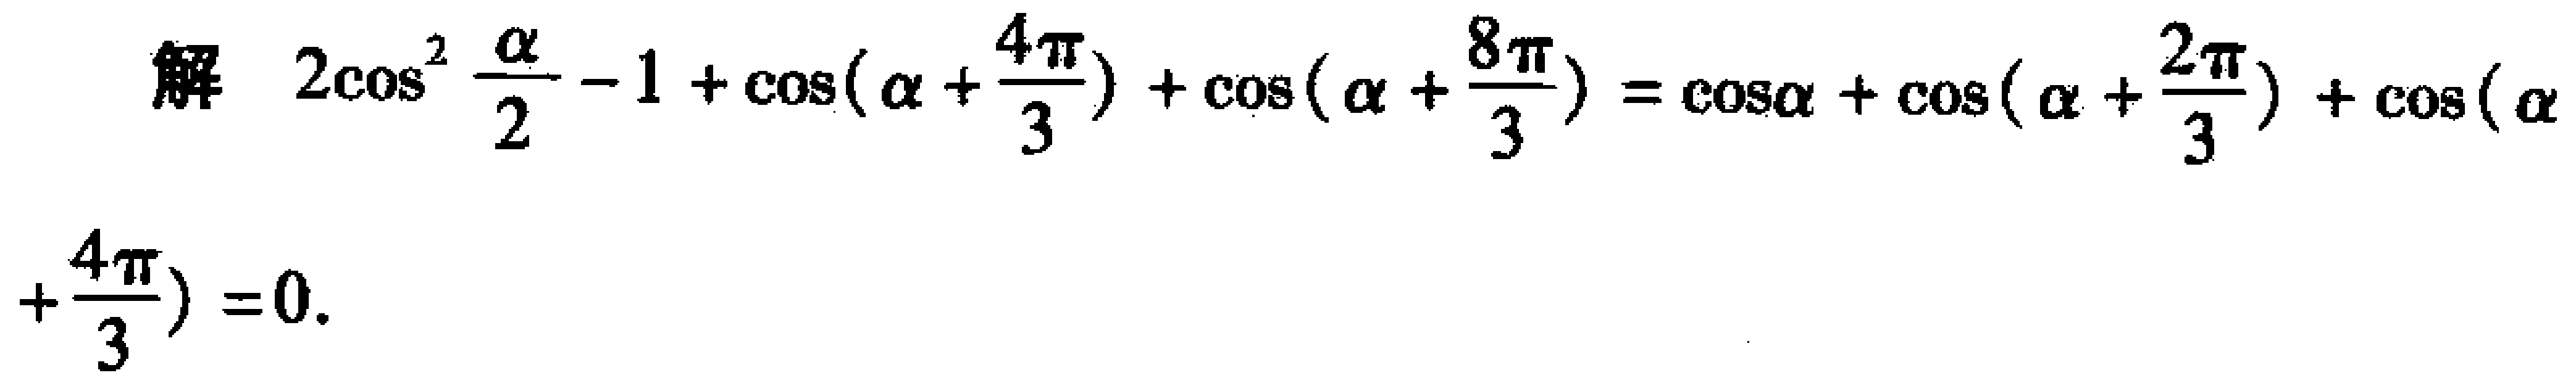
解 \(2\cos^{2}\frac{\alpha}{2}-1 + \cos(\alpha+\frac{4\pi}{3})+\cos(\alpha+\frac{8\pi}{3})=\cos\alpha+\cos(\alpha+\frac{2\pi}{3})+\cos(\alpha+\frac{4\pi}{3}) = 0\)